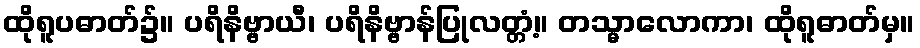
ထိုရူပဓာတ်၌။ ပရိနိဗ္ဗာယီ၊ ပရိနိဗ္ဗာန်ပြုလတ္တံ့။ တသ္မာလောကာ၊ ထိုရူဓာတ်မှ။